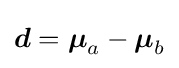
{\boldsymbol {d}}={\boldsymbol {\mu }}_{a}-{\boldsymbol {\mu }}_{b}